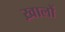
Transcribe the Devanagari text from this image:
ख़ालों